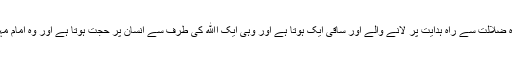
یعنی راہ ضلالت سے راہ ہدایت پر لانے والے اور ساقی ایک ہوتا ہے اور وہی ایک اﷲ کی طرف سے انسان پر حجت ہوتا ہے اور وہ امام مہدی ہیں۔